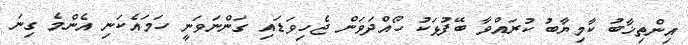
އިންތިޚާބު ކާމިޔާބު ކުރައްވާ ބޭފުޅަކު ހޯއްދަވަން ޖެހިވަޑައި ގަންނަވަނީ ހަމައެކަނި އެންމެ ގިނަ